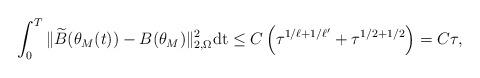
LaTeX: \begin{align*}\int_0^T\|\widetilde{B}(\theta_M(t)) - B(\theta_M) \|_{2,\Omega}^2\mathrm{dt}\leq C \left( \tau^{1/\ell +1/\ell'} +\tau^{1/2+1/2} \right) = C\tau,\end{align*}